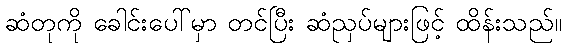
ဆံတုကို ခေါင်းပေါ်မှာ တင်ပြီး ဆံညှပ်များဖြင့် ထိန်းသည်။